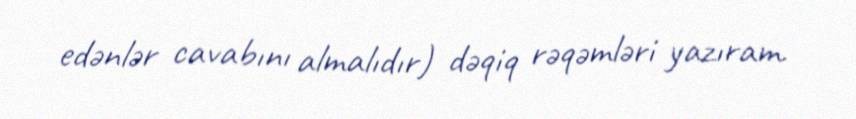
edənlər cavabını almalıdır) dəqiq rəqəmləri yazıram.